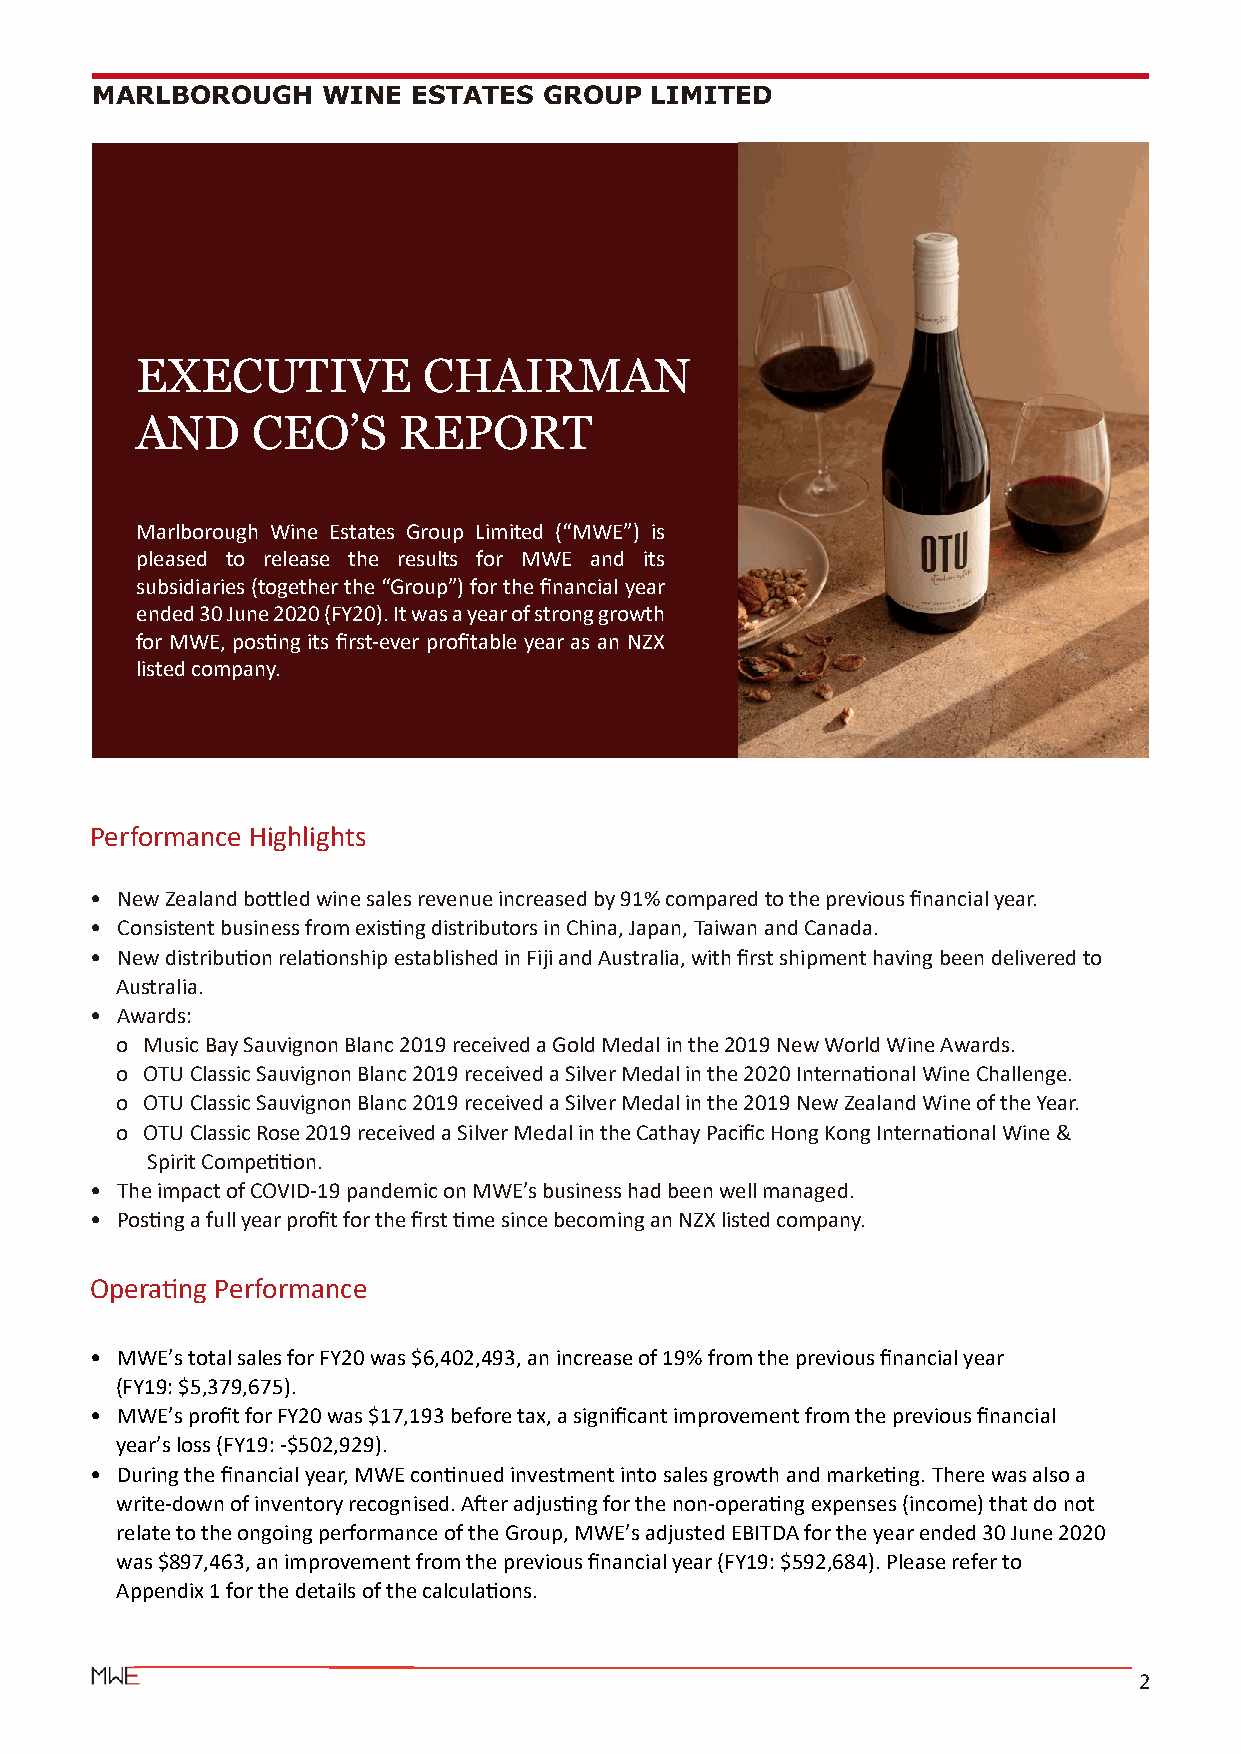
MARLBOROUGH    WINE  ESTATES  GROUP  LIMITED
 EXECUTIVE          CHAIRMAN
 AND     CEO’S    REPORT
 Marlborough Wine Estates Group Limited (“MWE”) is
 pleased to release the results for MWE and its
 subsidiaries (together the “Group”) for the financial year
 ended 30 June 2020 (FY20). It was a year of strong growth
 for MWE, pos�ng its first-ever profitable year as an NZX
 listed company.
 Performance Highlights
 • New Zealand bo�led wine sales revenue increased by 91% compared to the previous financial year.
 • Consistent business from exis�ng distributors in China, Japan, Taiwan and Canada.
 • New distribu�on rela�onship established in Fiji and Australia, with first shipment having been delivered to
 Australia.
 • Awards:
 o Music Bay Sauvignon Blanc 2019 received a Gold Medal in the 2019 New World Wine Awards.
 o OTU Classic Sauvignon Blanc 2019 received a Silver Medal in the 2020 Interna�onal Wine Challenge.
 o OTU Classic Sauvignon Blanc 2019 received a Silver Medal in the 2019 New Zealand Wine of the Year.
 o OTU Classic Rose 2019 received a Silver Medal in the Cathay Pacific Hong Kong Interna�onal Wine &
 Spirit Compe��on.
 • The impact of COVID-19 pandemic on MWE’s business had been well managed.
 • Pos�ng a full year profit for the first �me since becoming an NZX listed company.
 Opera�ng Performance
 • MWE’s total sales for FY20 was $6,402,493, an increase of 19% from the previous financial year
 (FY19: $5,379,675).
 • MWE’s profit for FY20 was $17,193 before tax, a significant improvement from the previous financial
 year’s loss (FY19: -$502,929).
 • During the financial year, MWE con�nued investment into sales growth and marke�ng. There was also a
 write-down of inventory recognised. A�er adjus�ng for the non-opera�ng expenses (income) that do not
 relate to the ongoing performance of the Group, MWE’s adjusted EBITDA for the year ended 30 June 2020
 was $897,463, an improvement from the previous financial year (FY19: $592,684). Please refer to
 Appendix 1 for the details of the calcula�ons.
 2